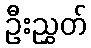
ဦးညွှတ်